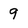
Character: 9